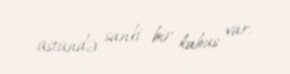
üstündə sanki bir kabus var.